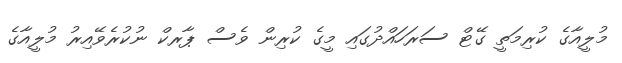
މުލީއާގެ ކުރިމަތީ ގޭޓް ސަރަހައްދުގައި މީގެ ކުރިން ވެސް ޕާރކް ނުކުރެވޭއިރު މުލީއާގެ